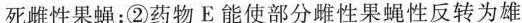
死雌性果蝇；②药物E能使部分雌性果蝇性反转为雄